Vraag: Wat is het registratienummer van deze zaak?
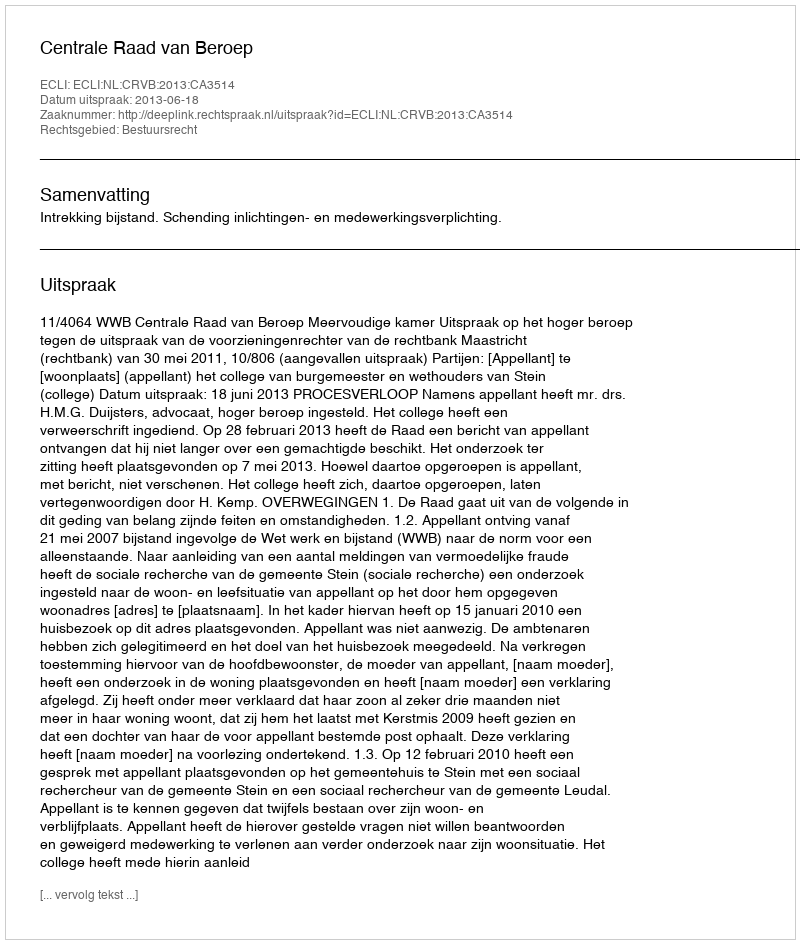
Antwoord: http://deeplink.rechtspraak.nl/uitspraak?id=ECLI:NL:CRVB:2013:CA3514